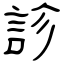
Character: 診